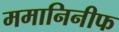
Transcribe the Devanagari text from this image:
ममानिनीफ